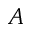
A